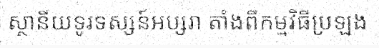
ស្ថានីយទូរទស្សន៍អប្សរា តាំងពីកម្មវិធីប្រឡង